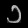
Digit: ၁